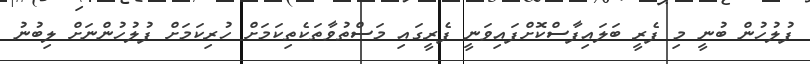
ފުލުހުން ބުނީ މި ފެރީ ބަލައިފާސްކޮށްފައިވަނީ ފެރީގައި މަސްތުވާތަކެތިކަމަށް ހުރިކަމަށް ފުލުހުންނަށް ލިބުނު